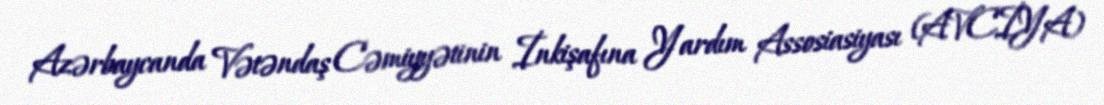
Azərbaycanda Vətəndaş Cəmiyyətinin İnkişafına Yardım Assosiasiyası (AVCİYA)